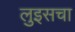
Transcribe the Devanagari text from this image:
लुइसचा